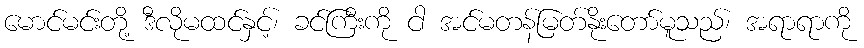
မောင်မင်းတို့ ဒီလိုမထင်နှင့်၊ ခင်ကြီးကို ငါ အင်မတန်မြတ်နိုးတော်မူသည်၊ အရာရာကို